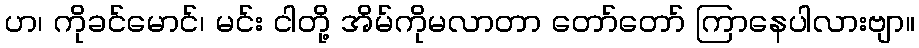
ဟ၊ ကိုခင်မောင်၊ မင်း ငါတို့ အိမ်ကိုမလာတာ တော်တော် ကြာနေပါလားဗျာ။